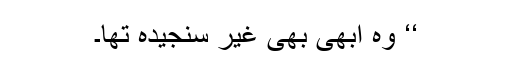
‘‘ وہ ابھی بھی غیر سنجیدہ تھا۔